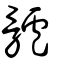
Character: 髗